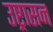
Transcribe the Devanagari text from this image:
उष्ट्रासन